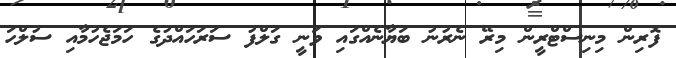
ފޮރިން މިނިސްޓްރީން މިރޭ ނެރުނު ބަޔާނެއްގައި ވަނީ ގަލްފު ސަރަހައްދުގެ ހަމަޖެހުމާއި ސުލްހަ